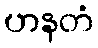
ဟနတံ